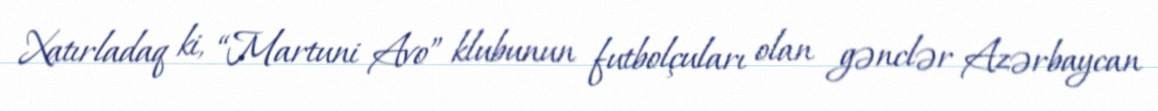
Xatırladaq ki, “Martuni Avo” klubunun futbolçuları olan gənclər Azərbaycan